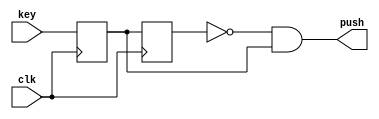
`timescale 1ns / 1ps

//============= PUSH KEY ===================

module push_key
(
    input clk,
    input key,
    output push
);

reg key_sync, key_prev;

always @(posedge clk)
begin
    key_sync <= key;
    key_prev <= key_sync;
end

assign push = ~key_prev & key_sync;

endmodule


//=============== LEDS ==================

module led2seq 
(
    input [7:0] num,
    output [7:0] seq
);

assign seq = num;

endmodule


//============== DECIMAL ====================

module dec2hex1
(
    input [7:0] num,
    input clk,
	input res,
    output reg [11: 0] seq
);

reg [7:0] counter = 0;
reg [11:0] pseq = 0;

always @(posedge clk)
begin
	 
	 if(res && counter!=0) begin
		counter <= 0;
		pseq <= 0;
		seq <= 0;
	 end

    if(counter >= num)begin
		seq <= pseq;
    end
    else begin

        if(pseq[3:0] >= 9) begin
            
            if(pseq[7:4] >= 9) begin
                pseq[3:0] <= 0;
                pseq[7:4] <= 0;
                pseq[11:8] = pseq[11:8] + 1;
            end
            else begin
                pseq[3:0] <= 0;
                pseq[7:4] <= pseq[7:4] + 1;
            end
        end
        else begin
            pseq[3:0] <= pseq[3:0]+1;
        end

        counter <= counter + 1;
    end

end

endmodule



// ================== 7SEGM ================
module num2seq 
(
    input [3:0] num,
    output [6:0] seq
);

assign seq =    num == 4'h0  ? 7'b1000000 :
                num == 4'h1  ? 7'b1111001 :
                num == 4'h2  ? 7'b0100100 :
                num == 4'h3  ? 7'b0110000 :
                num == 4'h4  ? 7'b0011001 :
                num == 4'h5  ? 7'b0010010 :
                num == 4'h6  ? 7'b0000010 :
                num == 4'h7  ? 7'b1111000 :
                num == 4'h8  ? 7'b0000000 :
                num == 4'h9  ? 7'b0010000 :
                num == 4'ha ? 7'b0001000 :
                num == 4'hb ? 7'b0000011 :
                num == 4'hc ? 7'b1000110 :
                num == 4'hd ? 7'b0100001 :
                num == 4'he ? 7'b0000110 : 7'b0001110;


endmodule



//============== BIT MOVIE ==================

module task7
(
    input         CLOCK_50,
    input  [3:0]  KEY, 
    input  [17:0] SW,
    output [17:0] LEDR,
	output [6:0]  HEX1,
	output [6:0]  HEX0,
    output [6:0]  HEX4,
    output [6:0]  HEX3,
    output [6:0]  HEX2
);

//=============== ADD LOGIC ================

//Key push logic
wire key_push1;
wire key_push0;

//tasknumber
reg [7:0] tasknumber;
wire [11:0] tasknumber10;

//  10- 
wire break_fl = key_push1 | key_push0;

//============ INCLUDE MODULES ================

//Buttons
push_key push_key_in0(
    .clk(CLOCK_50),
    .key(KEY[0]),
    .push(key_push0)
);

push_key push_key_in1(
    .clk(CLOCK_50),
    .key(KEY[1]),
    .push(key_push1)
);

//LEDs
led2seq led2seq_in0(
    .num(tasknumber),
    .seq(LEDR[7:0])
);

//7sg
num2seq  num2seq_in1(
    .num(tasknumber[7:4]),
    .seq(HEX1)
);

num2seq  num2seq_in0(
    .num(tasknumber[3:0]),
    .seq(HEX0)
);

num2seq  num2seq_in4(
    .num(tasknumber10[11:8]),
    .seq(HEX4)
);

num2seq  num2seq_in3(
    .num(tasknumber10[7:4]),
    .seq(HEX3)
);

num2seq  num2seq_in2(
    .num(tasknumber10[3:0]),
    .seq(HEX2)
);

//dec to hex 
dec2hex1 dec2hex1_in(
    .num(tasknumber),
    .clk(CLOCK_50),
	.res(break_fl),
    .seq(tasknumber10)
);

//============== MAIN TASK =================

always @(posedge CLOCK_50)
begin

if (key_push0) begin

    tasknumber <= 0;

end
else if (key_push1 ) begin 
    
    tasknumber <= SW[7:0];

end

end

endmodule